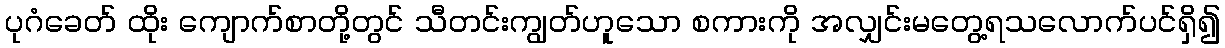
ပုဂံခေတ် ထိုး ကျောက်စာတို့တွင် သီတင်းကျွတ်ဟူသော စကားကို အလျှင်းမတွေ့ရသလောက်ပင်ရှိ၍